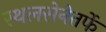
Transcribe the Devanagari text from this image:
स्थलसेनेतर्फे